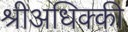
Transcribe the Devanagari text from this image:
श्रीअधिक्की